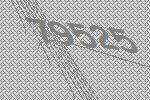
79525